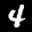
Label: 4